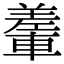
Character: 䡨